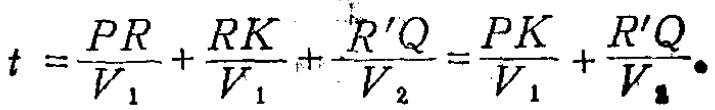
\[

t = \frac{PR}{V_{1}}+\frac{RK}{V_{1}}+\frac{R'Q}{V_{2}}=\frac{PK}{V_{1}}+\frac{R'Q}{V_{2}} \cdot

\]